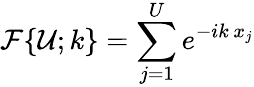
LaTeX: \mathcal{F}\{ \mathcal{U};k\} =\sum_{j=1}^{U}e^{-ik\, x_{j}}